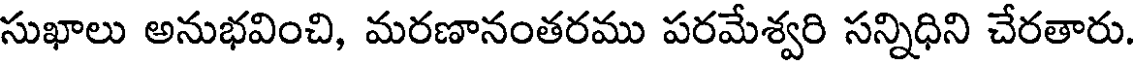
సుఖాలు అనుభవించి, మరణానంతరము పరమేశ్వరి సన్నిధిని చేరతారు